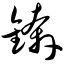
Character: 锛